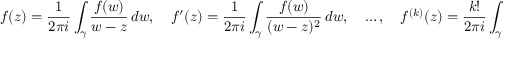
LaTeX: f ( z ) = { \frac { 1 } { 2 \pi i } } \int _ { \gamma } { \frac { f ( w ) } { w - z } } \, d w , \quad f ^ { \prime } ( z ) = { \frac { 1 } { 2 \pi i } } \int _ { \gamma } { \frac { f ( w ) } { ( w - z ) ^ { 2 } } } \, d w , \quad \ldots , \quad f ^ { ( k ) } ( z ) = { \frac { k ! } { 2 \pi i } } \int _ { \gamma } { \frac { f ( w ) } { ( w - z ) ^ { k + 1 } } } \, d w .